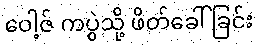
ဝေါ့ဇ် ကပွဲသို့ ဖိတ်ခေါ်ခြင်း